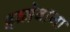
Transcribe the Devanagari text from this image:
इब्नेबाजा